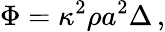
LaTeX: \Phi=\kappa^{2}\rho a^{2}\Delta\, ,